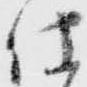
仕